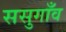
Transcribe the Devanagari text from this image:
ससुगाँव